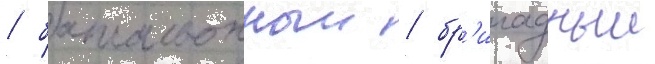
/ батальонныи / бр'игадныи